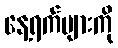
နေ့ရက်များကို